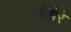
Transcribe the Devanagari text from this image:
लोहोरे